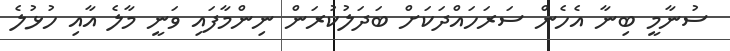
ސުނާމީ ބިނާ އެހެން ސަރަހައްދަކަށް ބަދަލުކުރަން ނިންމާފައި ވަނީ މާލެ އާއި ހުޅުލެ